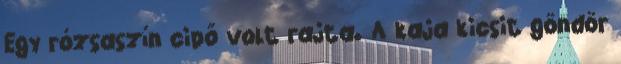
Egy rózsaszín cipő volt rajta. A kaja kicsit göndör